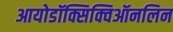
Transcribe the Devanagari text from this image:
आयोडॉक्सिक्विऑनलिन